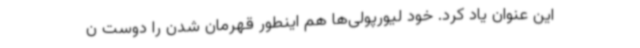
این عنوان یاد کرد. خود لیورپولی‌ها هم اینطور قهرمان شدن را دوست ن